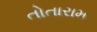
તોતારામ